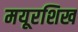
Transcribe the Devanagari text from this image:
मयूरशिख